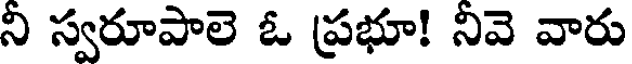
ని స్వరూపాలె ఓ ప్రభూ! నివె వారు